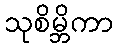
သုစိမ္ဘိကာ